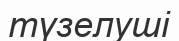
түзелуші